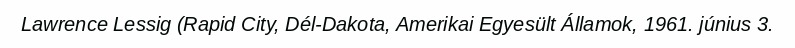
Lawrence Lessig (Rapid City, Dél-Dakota, Amerikai Egyesült Államok, 1961. június 3.